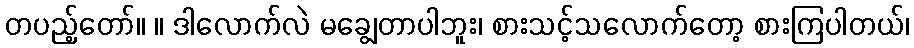
တပည့်တော်။ ။ ဒါလောက်လဲ မချွေတာပါဘူး၊ စားသင့်သလောက်တော့ စားကြပါတယ်၊